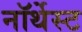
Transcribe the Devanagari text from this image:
नॉर्थेस्ट